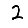
Digit: 2